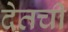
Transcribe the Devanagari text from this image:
देतची